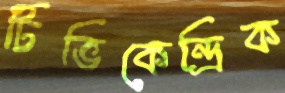
টিভিকেন্দ্রিক